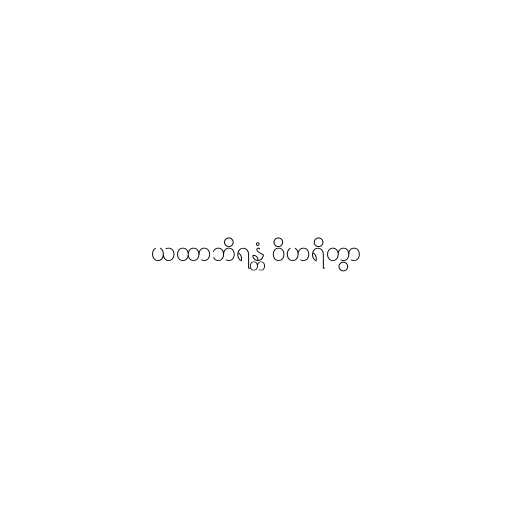
ယထာဘိရန္တံ ဝိဟရိတွာ